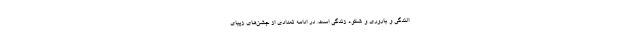
الندگی و باروری و شکوه زندگی است. در ادامه تعدادی از جشن‌های زیبای